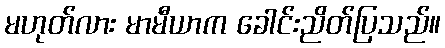
မဟုတ်လား မာမီယာက ခေါင်းညိတ်ပြသည်။